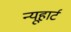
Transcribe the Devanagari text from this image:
न्यूहार्ट